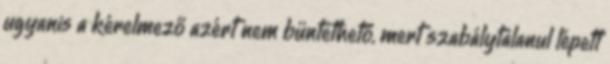
ugyanis a kérelmező azért nem büntethető, mert szabálytalanul lépett